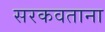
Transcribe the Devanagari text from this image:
सरकवताना